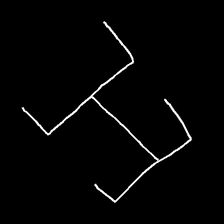
Glyph: entwine